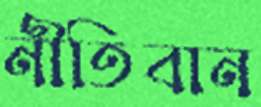
নীতিবান